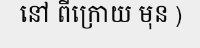
នៅ ពីក្រោយ មុន )